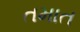
તમાત